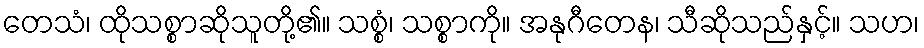
တေသံ၊ ထိုသစ္စာဆိုသူတို့၏။ သစ္စံ၊ သစ္စာကို။ အနုဂီတေန၊ သီဆိုသည်နှင့်။ သဟ၊